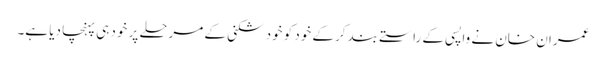
عمران خان نے واپسی کے راستے بند کرکے خود کو خود شکنی کے مرحلے پر خود ہی پہنچا دیا ہے۔